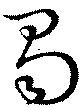
蜀